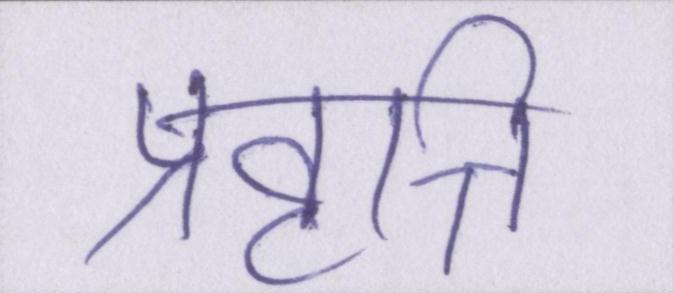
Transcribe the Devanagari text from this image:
प्रवृत्ति